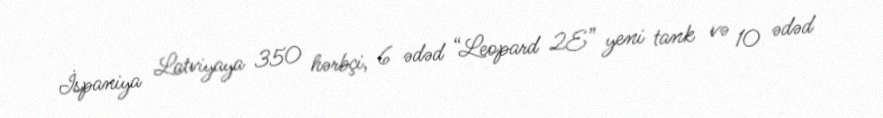
İspaniya Latviyaya 350 hərbçi, 6 ədəd “Leopard 2E” yeni tank və 10 ədəd